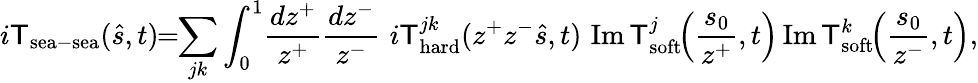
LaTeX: i\mathsf{T}_{\mathrm{{sea}}-\mathrm{{sea}}}(\hat{{s}},t)\! \! =\! \! \sum_{jk}\int_{0}^{1}\! \frac{{dz^{+}}}{{z^{+}}}\frac{{dz^{-}}}{{z^{-}}}\, \, i\mathsf{T}_{\mathrm{{hard}}}^{jk}(z^{+}z^{-}\hat{{s}},t)\, \, \mathrm{{Im}}\, \mathsf{T}_{\mathrm{{soft}}}^{j}\! \! \left(\frac{{s_{0}}}{{z^{+}}},t\right)\, \mathrm{{Im}}\, \mathsf{T}_{\mathrm{{soft}}}^{k}\! \! \left(\frac{{s_{0}}}{{z^{-}}},t\right),